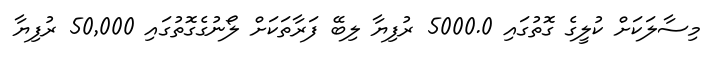
މިސާލަކަށް ކުލީގެ ގޮތުގައި 5000.0 ރުފިޔާ ލިބޭ ފަރާތަކަށް ލޯނުގެގޮތުގައި 50